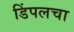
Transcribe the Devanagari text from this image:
डिंपलचा